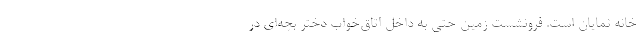
خانه نمایان است. فرونشست زمین حتی به داخل اتاق‌خواب دختر بچه‌ای در